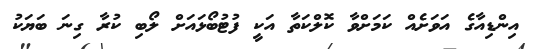
އިންޑިއާގެ އަވަށެއް ކަމަށްވާ ކޮލްކަތާ އަކީ ފުޓުބޯޅައަށް ލޯބި ކުރާ ގިނަ ބަޔަކު